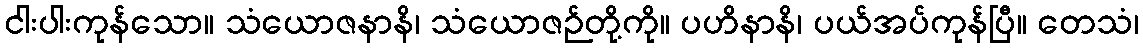
ငါးပါးကုန်သော။ သံယောဇနာနိ၊ သံယောဇဉ်တို့ကို။ ပဟိနာနိ၊ ပယ်အပ်ကုန်ပြီ။ တေသံ၊